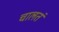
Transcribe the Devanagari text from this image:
चालतं